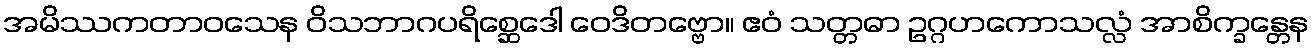
အမိဿကတာဝသေန ဝိသဘာဂပရိစ္ဆေဒေါ ဝေဒိတဗ္ဗော။ ဧဝံ သတ္တဓာ ဥဂ္ဂဟကောသလ္လံ အာစိက္ခန္တေန